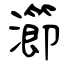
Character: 瀄